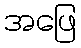
အဖြေ